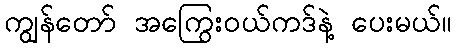
ကျွန်တော် အကြွေးဝယ်ကဒ်နဲ့ ပေးမယ်။